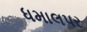
ધમાલપર